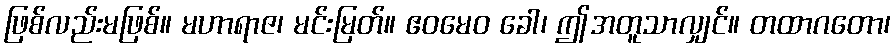
ဖြစ်လည်းမဖြစ်။ မဟာရာဇ၊ မင်းမြတ်။ ဧဝမေဝ ခေါ၊ ဤအတူသာလျှင်။ တထာဂတော၊